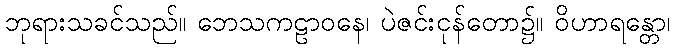
ဘုရားသခင်သည်။ ဘေသကဠာဝနေ၊ ပဲဇင်းငုန်တော၌။ ဝိဟာရန္တော၊